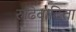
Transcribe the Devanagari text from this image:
रुढिवादिता